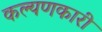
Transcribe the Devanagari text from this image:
कल्यणकारी